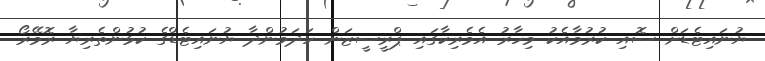
ޔުނައިޓެޑަށް ސޮއި ކުރުމާއެކު މިހާރު އެމެރިކާގައި ޕްރީސީޒަން ހަދަމުންދާ ޔުނައިޓެޑްގެ ކުޅުންތެރިޔާ ރޮމޭރޯ